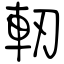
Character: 軔